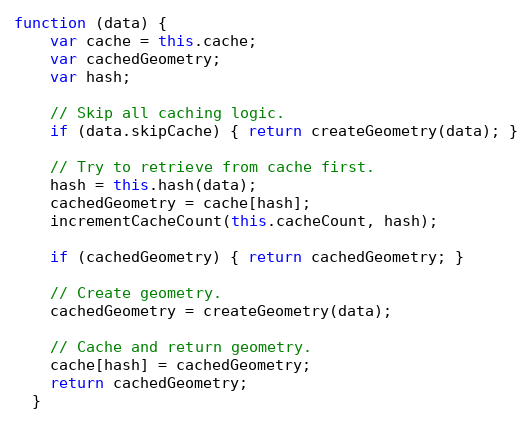
Language: JavaScript
function (data) {
    var cache = this.cache;
    var cachedGeometry;
    var hash;

    // Skip all caching logic.
    if (data.skipCache) { return createGeometry(data); }

    // Try to retrieve from cache first.
    hash = this.hash(data);
    cachedGeometry = cache[hash];
    incrementCacheCount(this.cacheCount, hash);

    if (cachedGeometry) { return cachedGeometry; }

    // Create geometry.
    cachedGeometry = createGeometry(data);

    // Cache and return geometry.
    cache[hash] = cachedGeometry;
    return cachedGeometry;
  }